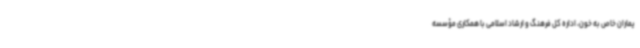
یماران خاص به خون، اداره کل فرهنگ و ارشاد اسلامی با همکاری مؤسسه